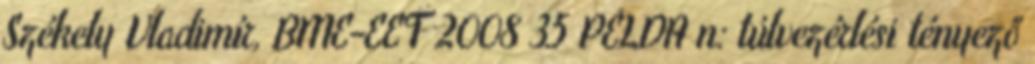
Székely Vladimír, BME-EET 2008 35 PÉLDA n: túlvezérlési tényező